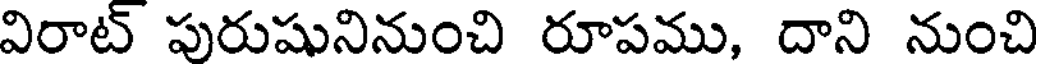
విరాట్ పురుషునినుంచి రూపము, దాని నుంచి